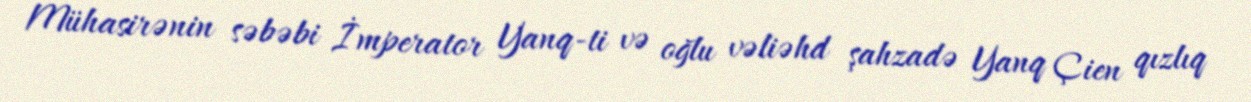
Mühasirənin səbəbi İmperator Yanq-ti və oğlu vəliəhd şahzadə Yanq Çien qızlıq